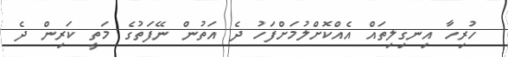
ހުރިހާ އިނގިލިތައް އެއްކޮށްލުމަށްފަހު ދެ އަތުން ނޭފަތުގެ މަތީ ކަރިން ދެ